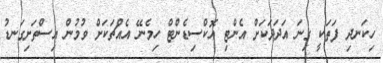
ހިކަނދި ފަތަކީ ގިނަ އަދަދަކަށް އެންޓި އޮކްސިޑެންޓް ހިމެނޭ އެއްޗަކަށް ވުމުން އިސްތަށިގަނޑު